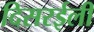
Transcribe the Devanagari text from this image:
दिसरईली